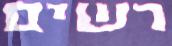
רשים